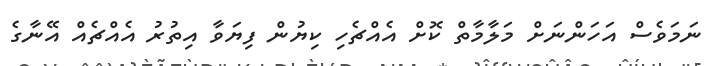
ނަމަވެސް އަހަންނަށް މަލާމާތް ކޮށް އެއްޗެހި ކިޔުން ފިޔަވާ އިތުރު އެއްޗެއް އޭނާގެ